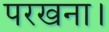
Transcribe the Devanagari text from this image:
परखना।